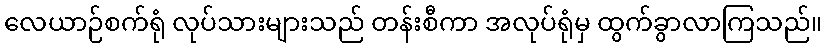
လေယာဉ်စက်ရုံ လုပ်သားများသည် တန်းစီကာ အလုပ်ရုံမှ ထွက်ခွာလာကြသည်။